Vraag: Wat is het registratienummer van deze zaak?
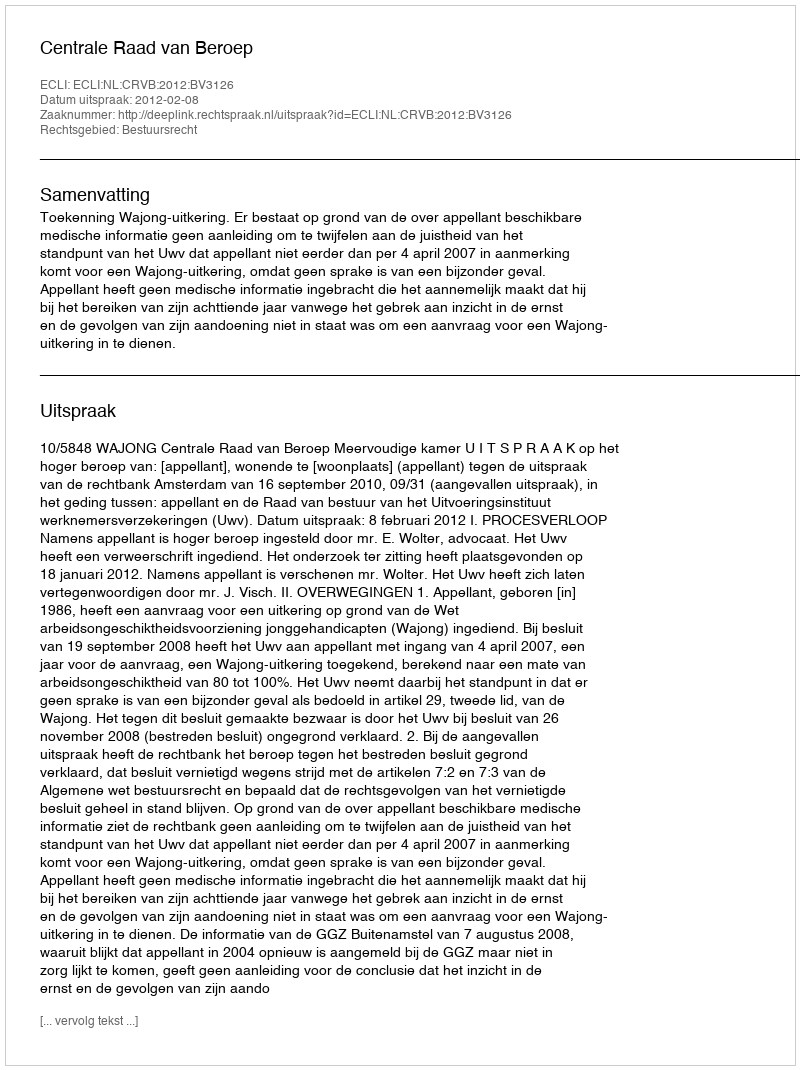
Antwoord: http://deeplink.rechtspraak.nl/uitspraak?id=ECLI:NL:CRVB:2012:BV3126